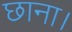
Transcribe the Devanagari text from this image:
छाना।